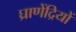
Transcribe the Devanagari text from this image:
घ्राणेंद्रियों